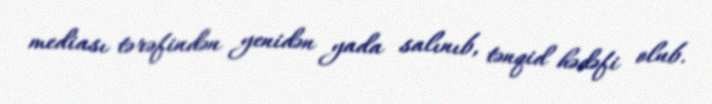
mediası tərəfindən yenidən yada salınıb, tənqid hədəfi olub.